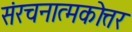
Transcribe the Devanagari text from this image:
संरचनात्मकोत्तर